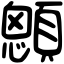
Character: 顖